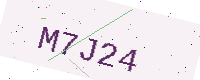
Text: M7J24